Annual statistical returns and brief notes on vaccination in Bengal - 1896-1909
Year: 1896
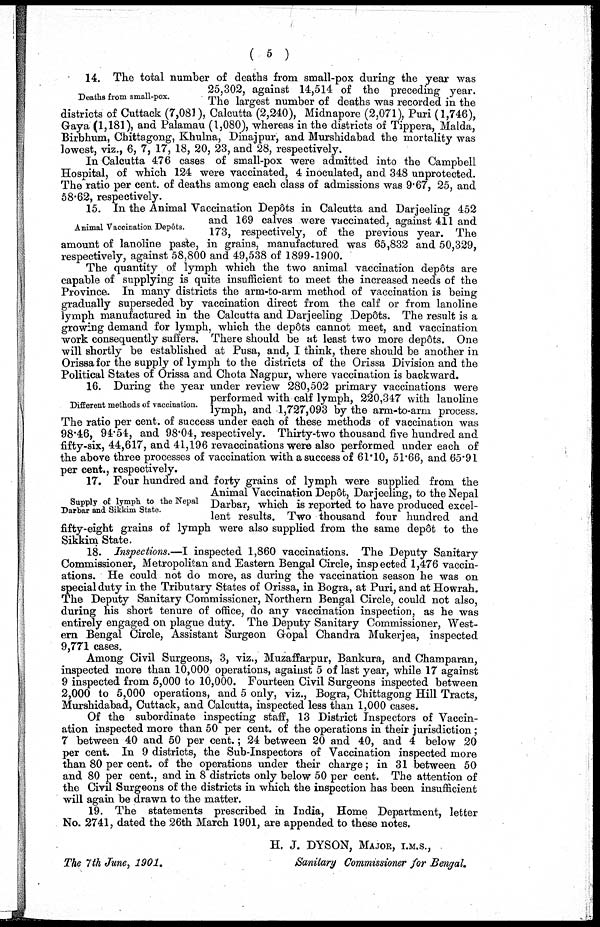
( 5 )
Deaths from small-pox.
14. The total number of deaths from small-pox during the year was
25,302, against 14,514 of the preceding year.
The largest number of deaths was recorded in the
districts of Cuttack (7,081), Calcutta (2,240), Midnapore (2,071), Puri (1,746),
Gaya (1,181), and Palamau (1,080), whereas in the districts of Tippera, Malda,
Birbhum, Chittagong, Khulna, Dinajpur, and Murshidabad the mortality was
lowest, viz., 6, 7, 17, 18, 20, 23, and 28, respectively.
In Calcutta 476 cases of small-pox were admitted into the Campbell
Hospital, of which 124 were vaccinated, 4 inoculated, and 348 unprotected.
The ratio per cent. of deaths among each class of admissions was 9.67, 25, and
58.62, respectively.
Animal Vaccination Depôts.
15. In the Animal Vaccination Depôts in Calcutta and Darjeeling 452
and 169 calves were vaccinated, against 411 and
173, respectively, of the previous year. The
amount of lanoline paste, in grains, manufactured was 65,832 and 50,329,
respectively, against 58,800 and 49,538 of 1899-1900.
The quantity of lymph which the two animal vaccination depôts are
capable of supplying is quite insufficient to meet the increased needs of the
Province. In many districts the arm-to-arm method of vaccination is being
gradually superseded by vaccination direct from the calf or from lanoline
lymph manufactured in the Calcutta and Darjeeling Depôts. The result is a
growing demand for lymph, which the depôts cannot meet, and vaccination
work consequently suffers. There should be at least two more depôts. One
will shortly be established at Pusa, and, I think, there should be another in
Orissa for the supply of lymph to the districts of the Orissa Division and the
Political States of Orissa and Chota Nagpur, where vaccination is backward.
Different methods of vaccination.
16. During the year under review 280,502 primary vaccinations were
performed with calf lymph, 220,347 with lanoline
lymph, and 1,727,093 by the arm-to-arm process.
The ratio per cent. of success under each of these methods of vaccination was
98.46, 94.54, and 98.04, respectively. Thirty-two thousand five hundred and
fifty-six, 44,617, and 41,196 revaccinations were also performed under each of
the above three processes of vaccination with a success of 61.10, 51.66, and 65.91
per cent., respectively.
Supply of lymph to the Nepal
Darbar and Sikkim State.
17. Four hundred and forty grains of lymph were supplied from the
Animal Vaccination Depôt, Darjeeling, to the Nepal
Darbar, which is reported to have produced excel-
lent results. Two thousand four hundred and
fifty-eight grains of lymph were also supplied from the same depôt to the
Sikkim State.
18. Inspections.—I inspected 1,860 vaccinations. The Deputy Sanitary
Commissioner, Metropolitan and Eastern Bengal Circle, inspected 1,476 vaccin-
ations. He could not do more, as during the vaccination season he was on
special duty in the Tributary States of Orissa, in Bogra, at Puri, and at Howrah.
The Deputy Sanitary Commissioner, Northern Bengal Circle, could not also,
during his short tenure of office, do any vaccination inspection, as he was
entirely engaged on plague duty. The Deputy Sanitary Commissioner, West-
ern Bengal Circle, Assistant Surgeon Gopal Chandra Mukerjea, inspected
9,771 cases.
Among Civil Surgeons, 3, viz., Muzaffarpur, Bankura, and Champaran,
inspected more than 10,000 operations, against 5 of last year, while 17 against
9 inspected from 5,000 to 10,000. Fourteen Civil Surgeons inspected between
2,000 to 5,000 operations, and 5 only, viz., Bogra, Chittagong Hill Tracts,
Murshidabad, Cuttack, and Calcutta, inspected less than 1,000 cases.
Of the subordinate inspecting staff, 13 District Inspectors of Vaccin-
ation inspected more than 50 per cent. of the operations in their jurisdiction ;
7 between 40 and 50 per cent.; 24 between 20 and 40, and 4 below 20
per cent. In 9 districts, the Sub-Inspectors of Vaccination inspected more
than 80 per cent. of the operations under their charge; in 31 between 50
and 80 per cent., and in 8 districts only below 50 per cent. The attention of
the Civil Surgeons of the districts in which the inspection has been insufficient
will again be drawn to the matter.
19. The statements prescribed in India, Home Department, letter
No. 2741, dated the 26th March 1901, are appended to these notes.
H. J. DYSON, MAJOR, I.M.S.,
Sanitary Commissioner for Bengal.
The 7th June, 1901.